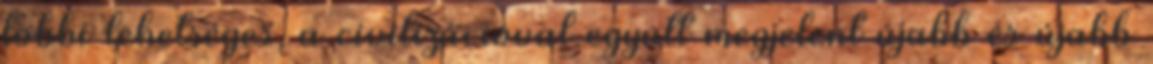
többi lehetséges, a civilizációval együtt megjelent újabb és újabb